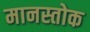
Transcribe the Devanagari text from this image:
मानस्तोक